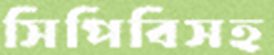
সিপিবিসহ